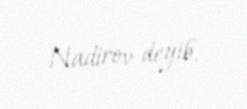
Nadirov deyib.